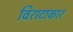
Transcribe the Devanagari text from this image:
विराटाकार